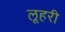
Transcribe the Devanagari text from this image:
लूहरी